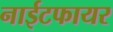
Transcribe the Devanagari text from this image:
नाईटफायर